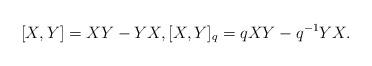
LaTeX: \begin{align*}\lbrack X, Y\rbrack = XY-YX, \lbrack X, Y\rbrack_q = q XY - q^{-1} YX.\end{align*}